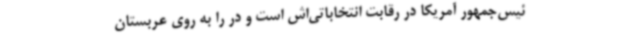
ئیس‌جمهور آمریکا در رقابت انتخاباتی‌اش است و در را به روی عربستان